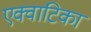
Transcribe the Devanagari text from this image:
एक्वाटिका